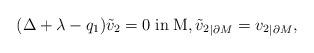
LaTeX: \begin{align*}(\Delta +\lambda -q_1)\tilde{v}_2=0\; \mathrm{in}\; \mathrm{M},\tilde{v}_2{_{|\partial M}}= v_2{_{|\partial M}},\end{align*}